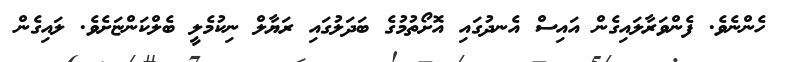
ހެންނެވެ. ފެންވަރާލައިގެން އައިސް އެނދުގައި އޮށޯތުމުގެ ބަދަލުގައި ރަޔާލް ނިކުމެލީ ބެލްކަންޏަށެވެ. ލައިގެން